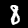
Digit: 8